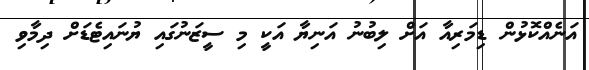
އަނެއްކޮޅުން ޑިމަރިއާ އަށް ލިބުނު އަނިޔާ އަކީ މި ސީޒަނުގައި ޔުނައިޓެޑަށް ދިމާވި